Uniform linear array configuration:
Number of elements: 12
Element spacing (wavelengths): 0.5
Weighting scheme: exponential
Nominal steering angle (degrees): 0
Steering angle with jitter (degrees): -1.619
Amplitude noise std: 0.05
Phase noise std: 0.05

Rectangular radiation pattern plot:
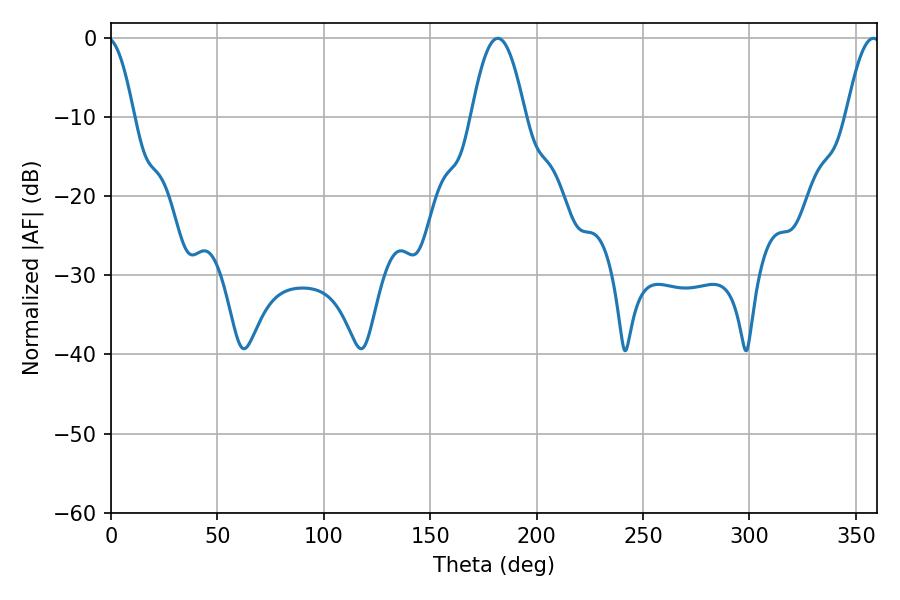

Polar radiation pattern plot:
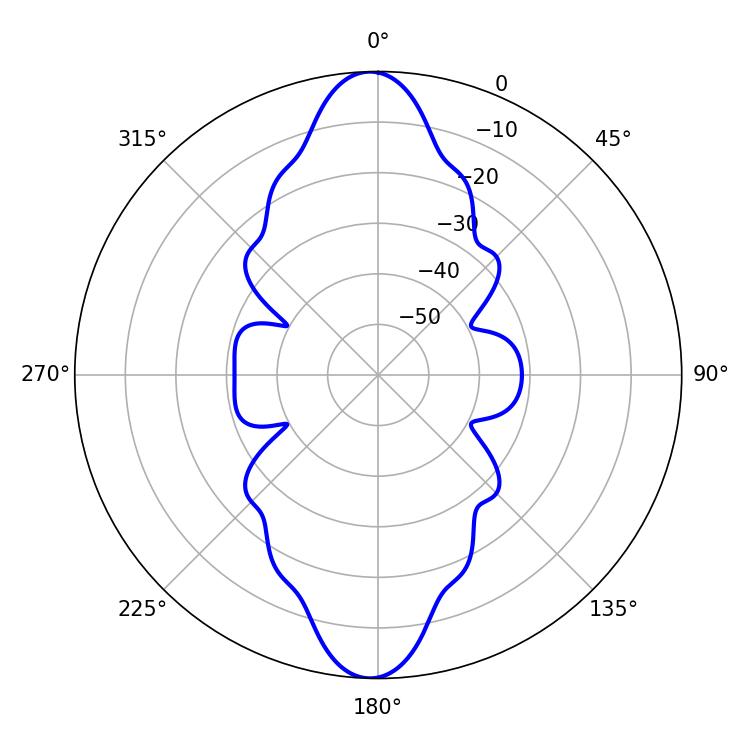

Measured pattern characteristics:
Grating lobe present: FALSE
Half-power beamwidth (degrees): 13.68
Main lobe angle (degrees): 181.8